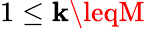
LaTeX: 1\leq\mathbf{k}\leqM